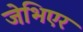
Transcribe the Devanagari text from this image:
जेभिएर